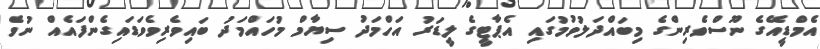
އެމްޑީއޭގެ ނޫސްވެރިންގެ މިބައްދަލުވުމުގައި އެޕާޓީގެ ލީޑަރު އަހްމަދު ސިޔާމް މުހައްމަދު ބައިވެރިވެވަޑައިގެންފައެއް ނުވެ